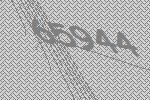
65944